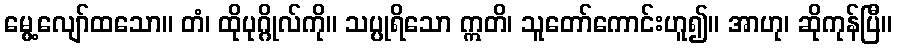
မွေ့လျော်ထသော။ တံ၊ ထိုပုဂ္ဂိုလ်ကို။ သပ္ပုရိသော ဣတိ၊ သူတော်ကောင်းဟူ၍။ အာဟု၊ ဆိုကုန်ပြီ။